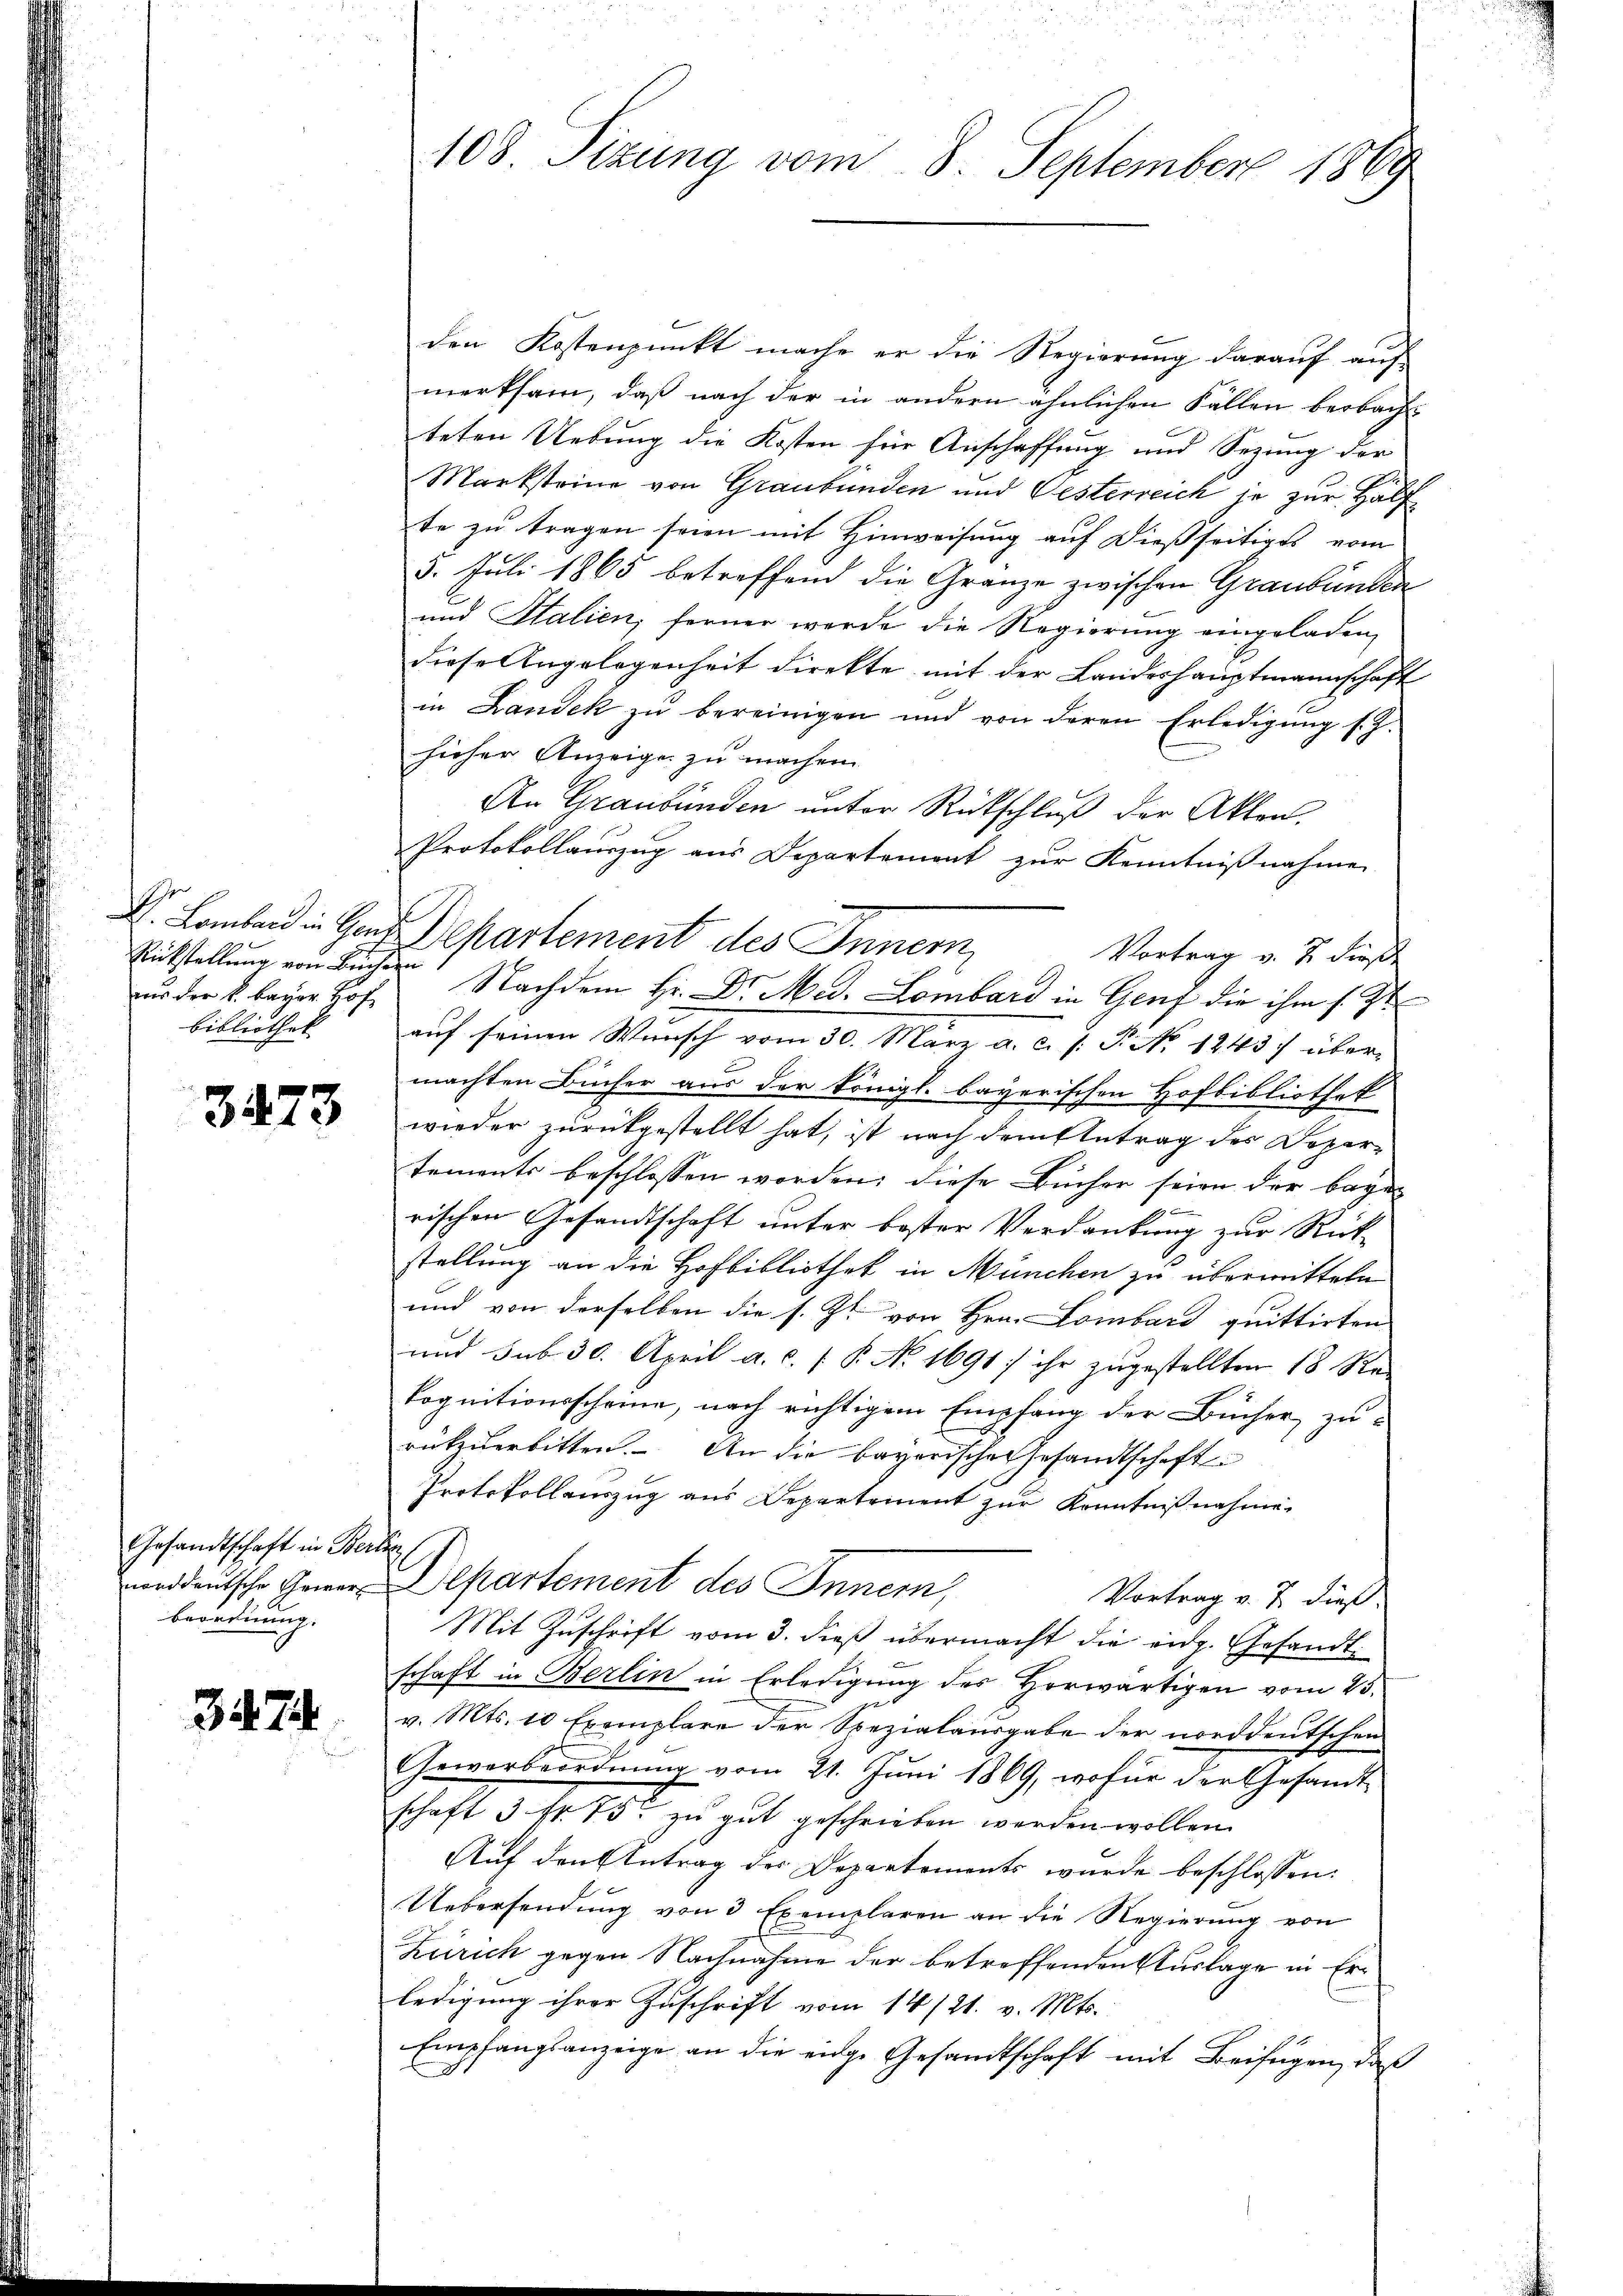
aus der k. Bayer Hof
Bibliothek

3473

Gesandtschaft in Be
norddeutsche Gewerb
beordnung.

3474

den Kostenpunkt mache er die Regierung darauf auf
merksam, daß nach der in andern ähnlichen Fällen beobach
teten Uebung die Kosten für Anschaffung und Sezung der
Marksteine von Graubünden und Gesterreich je zur Hälf
te zu tragen seien mit Hinweisung auf dießseitiges vom
5. Juli 1865 betreffend die Granze zwischen Graubünden
und Stalien, ferner werde die Regierung eingeladen,
diese Angelegenheit direkte mit der Landeshauptmannschaft
in Landek zŭ bereinigen und von deren Erledigŭng s. Z.
hieher Anzeige zu machen
An Graubünden unter Rückschluß der Akten.
Protokollauszug aus Departement zur Kenntnißnahme
K. Laband in Herr Departement des Innern
Vortrag v. J. dieße
Rückstellung von Bücher Nachdem Hr. Dr. Med. Lombard in Genf die ihm s. St
auf seinen Wunsch vom 30. März a. c. s. P. Nr. 1843 f übermachten Bücher aus der königl. bayerischen Hofbibliothek
wieder zurückgestellt hat, ist nach dem Antrag des Dezertements beschlossen worden, diese Bücher seien der baye
b
rischen Gesandtschaft unter bester Verdankung zur Rück-
stellung an die Hofbibliothek in München zu überwitteln
und von derselben die s. Zt. von Hrn. Lombard quittirten
und sub 30. April a.c. ( P. No 1691; ihr zugestellten 18 Re-
kognitionsscheine, nach richtigem Empfang der Bücher zu-
rükzuerbitten. An die bayerische Gesandtschaft
Protokollauszug aus Departement zur Kenntnißnahme.
c
Departement des Innem,
Vortrag v. 7. dieß.
Mit Zuschrift vom 3. dieß übermacht die eidg. Gesandtschaft in Berlin in Erledigung des Horwärtigen vom 25.
v. Mts. 10 Exemplare der Spezialausgabe der norddeutschen
Gewerbeordnung vom 21. Juni 1869, wofür der Gesandt
schaft 3 fr. 75. zu gut geschrieben werden wollen.
Auf den Antrag der Departements wurde beschlossen:
Uebersendung von 3 Exemplaren an die Regierŭng von
Zürich gegen Nachnahme der betreffenden Auslage in Erledigung ihrer Zuschrift vom 14/21. v. Mts.
Empfangsanzeige an die eige Gesandtschaft mit Beifügen, daß

108. Sizung vom 8. September 1869